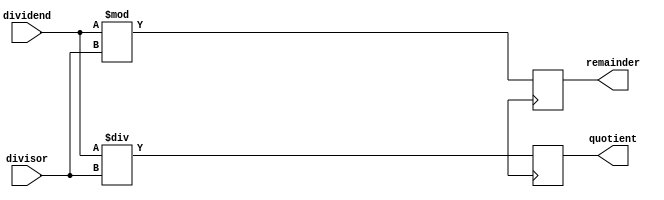
module Pipelined_Divider (
    input wire [31:0] dividend,
    input wire [31:0] divisor,
    output reg [31:0] quotient,
    output reg [31:0] remainder
);

reg [31:0] quotient_reg;
reg [31:0] remainder_reg;

always @(*) begin
    quotient_reg = dividend / divisor;
    remainder_reg = dividend % divisor;
end

always @(posedge clk) begin
    quotient <= quotient_reg;
    remainder <= remainder_reg;
end

endmodule